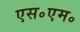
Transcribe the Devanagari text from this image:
एस॰एम॰